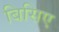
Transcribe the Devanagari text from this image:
बिसिए